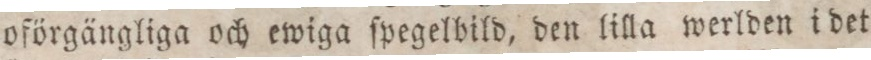
oförgängliga och ewiga ſpegelbild, den lilla werlden i det